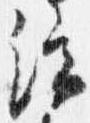
端